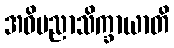
အဓိပညာသိက္ခာယာတိ